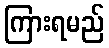
ကြားရမည်